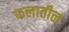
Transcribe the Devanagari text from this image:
फलातील